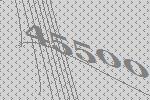
45500